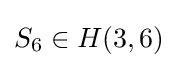
S_{6}\in H(3,6)